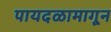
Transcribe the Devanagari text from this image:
पायदळामागून